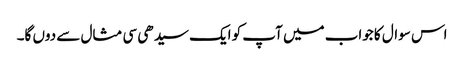
اس سوال کا جواب میں آپ کو ایک سیدھی سی مثال سے دوں گا۔